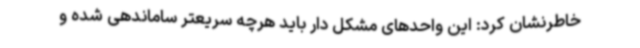
خاطرنشان کرد: این واحدهای مشکل دار باید هرچه سریعتر ساماندهی شده و